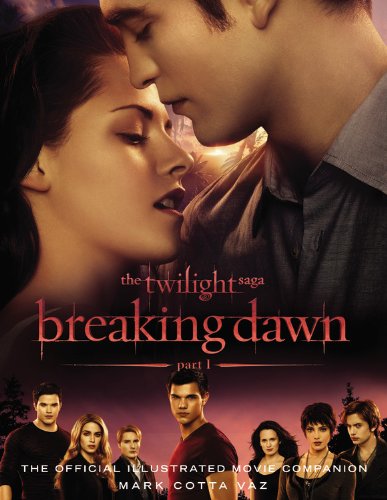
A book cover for The Twilight Saga Breaking Dawn Part 1: The Official Illustrated Movie Companion; Mark Cotta Vaz; Teen & Young Adult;